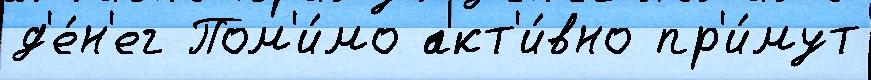
д'е́н'ег Пом'и́мо акт'и́вно пр'и́мут